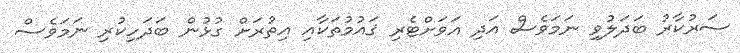
ސަރުކާރު ބަދަލުވި ނަމަވެސް އަދި އަވަށްޓެރި ޤައުމުތަކާއި އިތުރަށް ގުޅުން ބަދަހިކުރި ނަމަވެސް